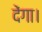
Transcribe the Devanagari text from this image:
देंगा।